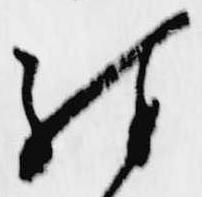
殊